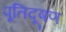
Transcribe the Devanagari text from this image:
पूतिदूषण